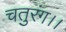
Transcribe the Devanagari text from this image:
चतुरंग।।